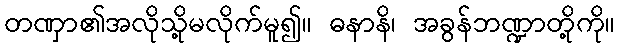
တဏှာ၏အလိုသို့မလိုက်မူ၍။ ဓနာနိ၊ အခွန်ဘဏ္ဍာတို့ကို။